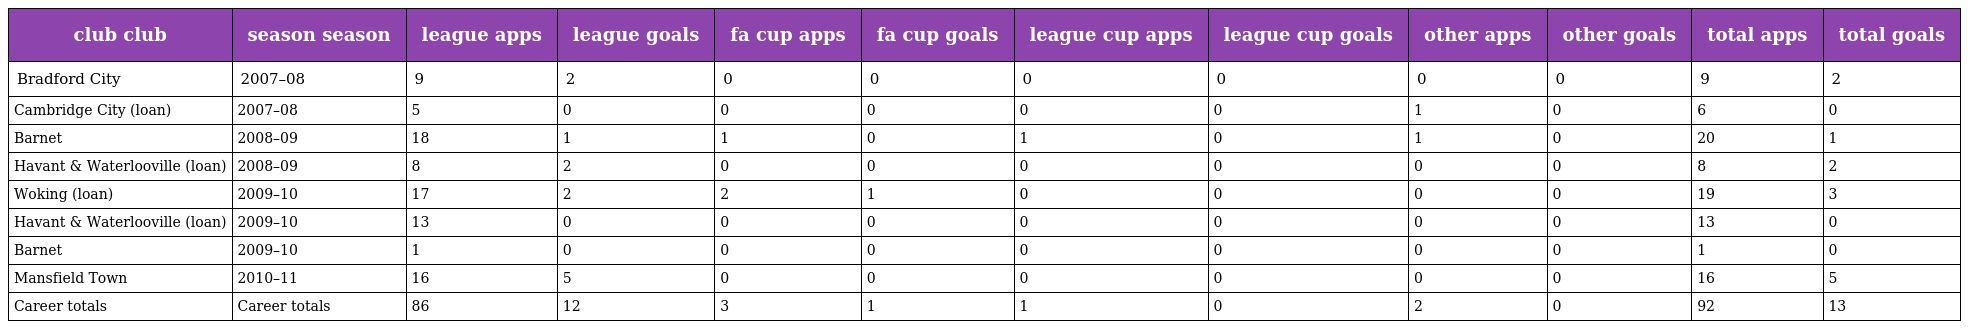
| club club | season season | league apps | league goals | fa cup apps | fa cup goals | league cup apps | league cup goals | other apps | other goals | total apps | total goals |
 | --- | --- | --- | --- | --- | --- | --- | --- | --- | --- | --- | --- |
 | Bradford City | 2007–08 | 9 | 2 | 0 | 0 | 0 | 0 | 0 | 0 | 9 | 2 |
 | Cambridge City (loan) | 2007–08 | 5 | 0 | 0 | 0 | 0 | 0 | 1 | 0 | 6 | 0 |
 | Barnet | 2008–09 | 18 | 1 | 1 | 0 | 1 | 0 | 1 | 0 | 20 | 1 |
 | Havant & Waterlooville (loan) | 2008–09 | 8 | 2 | 0 | 0 | 0 | 0 | 0 | 0 | 8 | 2 |
 | Woking (loan) | 2009–10 | 17 | 2 | 2 | 1 | 0 | 0 | 0 | 0 | 19 | 3 |
 | Havant & Waterlooville (loan) | 2009–10 | 13 | 0 | 0 | 0 | 0 | 0 | 0 | 0 | 13 | 0 |
 | Barnet | 2009–10 | 1 | 0 | 0 | 0 | 0 | 0 | 0 | 0 | 1 | 0 |
 | Mansfield Town | 2010–11 | 16 | 5 | 0 | 0 | 0 | 0 | 0 | 0 | 16 | 5 |
 | Career totals | Career totals | 86 | 12 | 3 | 1 | 1 | 0 | 2 | 0 | 92 | 13 |